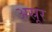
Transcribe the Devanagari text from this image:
अस्रूर